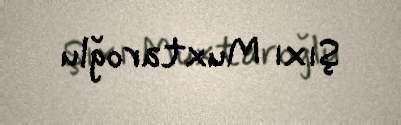
Şıxı Muxtaroğlu